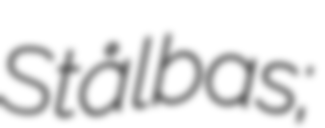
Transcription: Stålbas;